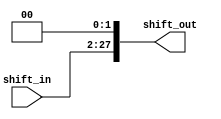
module Jump2Shift (shift_in, shift_out);
	input [25:0] shift_in;
	output [27:0] shift_out;
	assign shift_out[27:0]={shift_in[25:0],2'b00};
endmodule